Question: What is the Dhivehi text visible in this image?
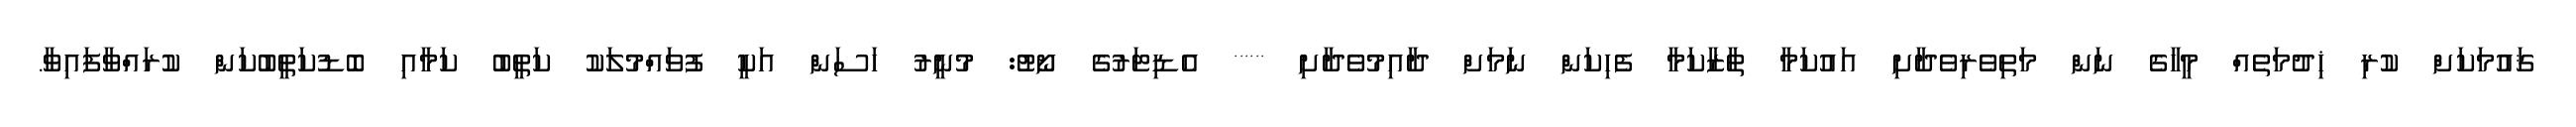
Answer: ޤައުމަކަށް ކުރި ޚިދުމަތެއް މީހާގެ ނަން މަތިވެރިވެދާށި އައުކަމާ ތާޒާކަމާ ފެހިކަން ނަމަށް ދާއިމުވެދާށި ****** އެޑިޓަރުގެ ނޯޓު: މުނީރު ހަސަން އަކީ ފުވައްމުލަކު ކަތީބު ކަމާއި ބޮޑުކަތީބުކަން ކުރައްވާފައިވާ.